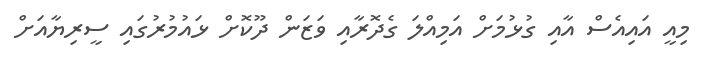
މިއީ އައިއެސް އާއި ގުޅުމަށް އަމިއްލަ ގެދޮރާއި ވަޒަން ދޫކޮށް ޅައުމުރުގައި ސީރިޔާއަށް